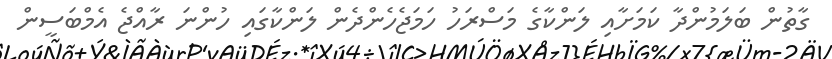
ގާތުން ބަލަމުންދާ ކަމަށާއި ލަންކާގެ މަސްރަހު ހަމަޖެހެންދެން ލަންކާގައި ހުންނަ ރާއްޖެ އެމްބަސީން